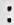
: